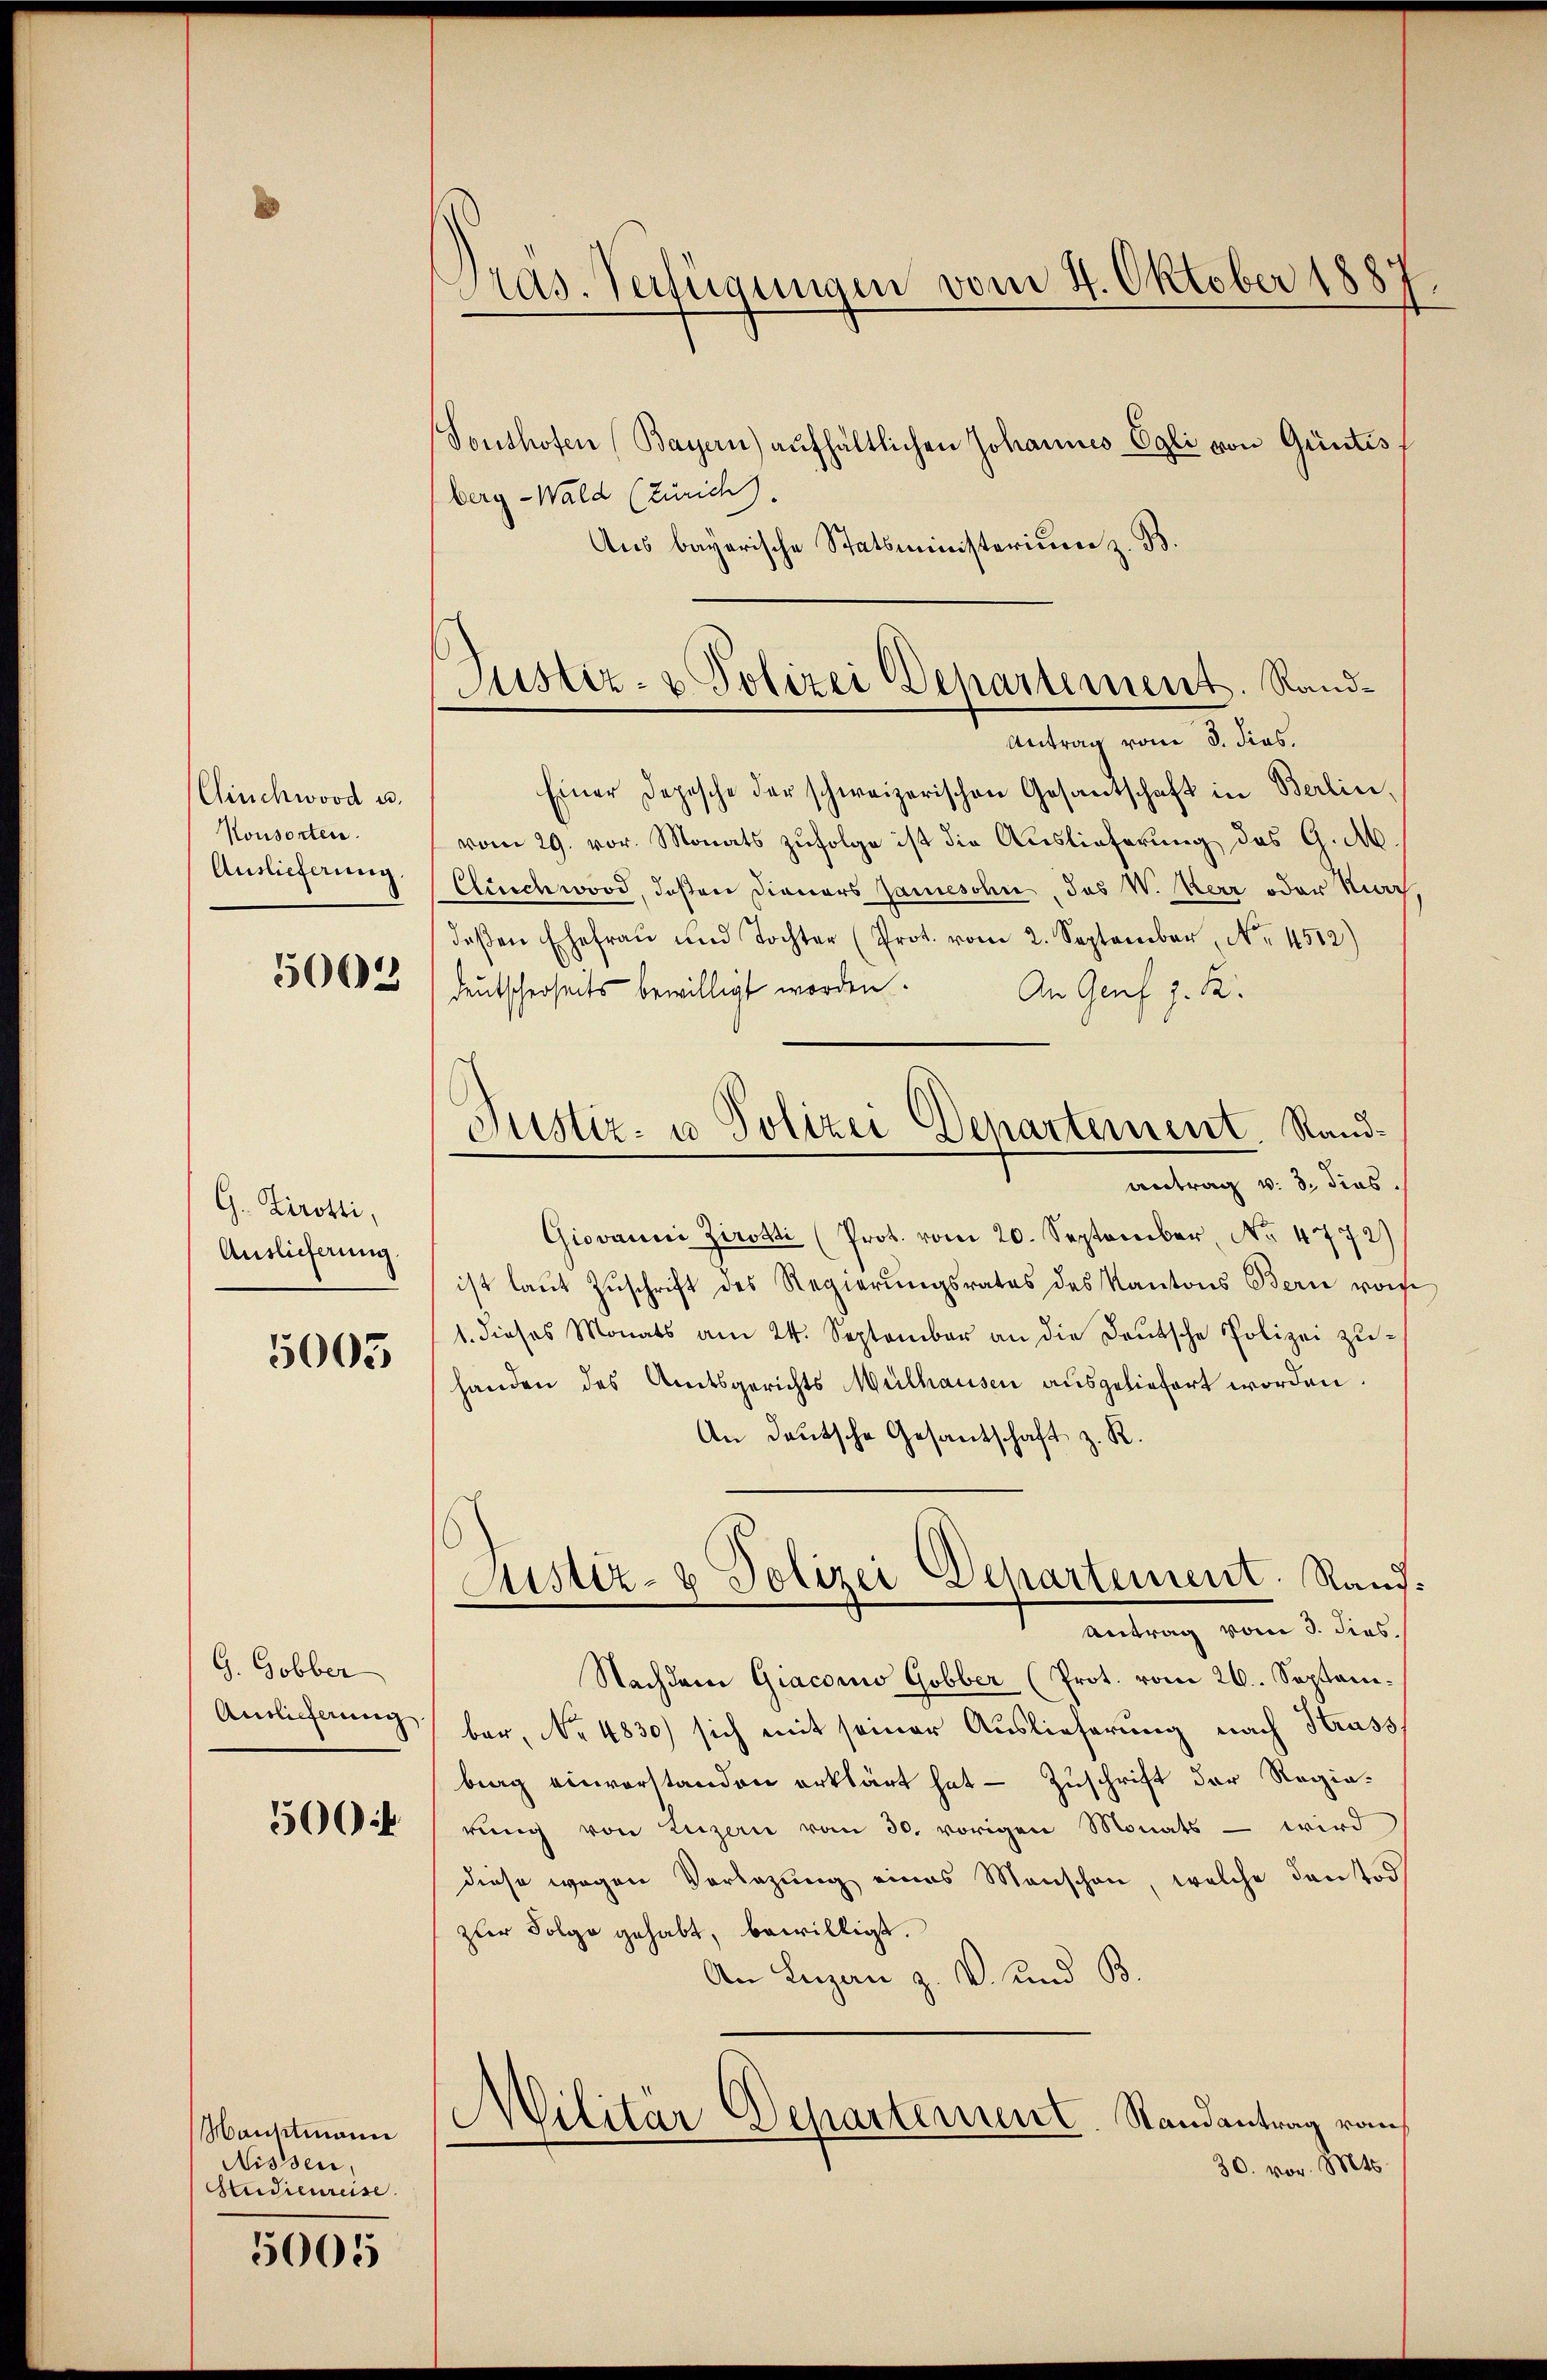
Cinchwood u.
Konsorten.
Auslieferung.

5063

G. Zirotti,
Auslieferung.

5003

G. Gobber
Auslieferung
506 f.

Manstmann
Nissen,
Audienreise.

5005

Pras. Verfügungen vom 4. Oktober 1887.
Tonshofen (Bayern) aufhältlichen Johannes Egli von Güntis
berg-Wald (Zürich).

Aus bayerische Statsministerium z. B.
Einer Depesche der schweizerischen Gesantschaft in Berlin,
vom 29. vor. Monats zufolge ist die Auslieferung des G. M
Clusch word, deßen Dieners Jamesohn, das W. Herz oder Mar
deβen Ehefraŭ und Tochter (Prot. vom 2. September, No. 4512)
deutscherseits bewilligt worden.
An Genf z. B.
antrag v. 3. dies.
Giovanni Ziroki (Prot. vom 20. September, No 4772)
ist laŭt Zŭschrift des Regierŭngsrates des Kantons Bern vorhe
1. dieses Monats am 24. September an die Deutsche Polizei zŭ-
handen des Amtsgerichts Mülhausen ausgeliefert worden.
An deutsche Gesantschaft z. R.
Justiz- & Polizei Departement. Rand:
Antrag vom 3. dies
Nachdem Giaconus Gobber (Prot. vom 26. Septem-
ber, No 4830) sich mit seiner Auslieferung nach Strass
berg einverstanden erklärt hat — Zuschrift der Regierŭng von Luzern vom 30. vorigen Monats – wird
diese wegen Vorlegung eines Menschen, welche Kantod
zur Folge gehabt, bewilligt.
An Luzan z. V. und B
MMilitär-Departement. Randantrag von
30. vor. Mts.

Justiz- & Polizei Departement. Rand¬
Antrag vom 3. dies.

Justiz- u Polizei Departement Sand¬